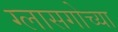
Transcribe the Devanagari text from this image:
ग्लासगोच्या